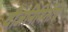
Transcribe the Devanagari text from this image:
वीजनिमिर्तीचे